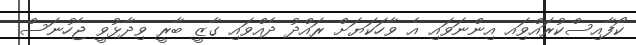
ކޯފާއިސްކުރައްވަިއ އިންނަވައި އެ ވާހަކަޔަށް ރައްދު ދެއްވައި ގާޒީ ބާރީ ވިދާޅުވީ ޖެހުނަސް